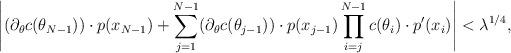
LaTeX: \begin{align*}\left|(\partial_\theta c(\theta_{N-1})) \cdot p(x_{N-1}) + \sum \limits_{j = 1}^{N-1} (\partial_\theta c(\theta_{j-1})) \cdot p(x_{j-1}) \prod \limits_{i=j}^{N-1} c(\theta_i) \cdot p'(x_i)\right| < \lambda^{1/4},\end{align*}